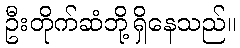
ဦးတိုက်ဆံဘို့ရှိနေသည်။